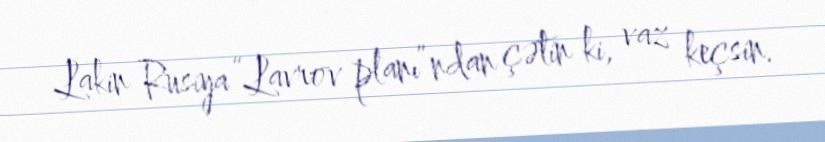
Lakin Rusiya “Lavrov planı”ndan çətin ki, vaz keçsin.